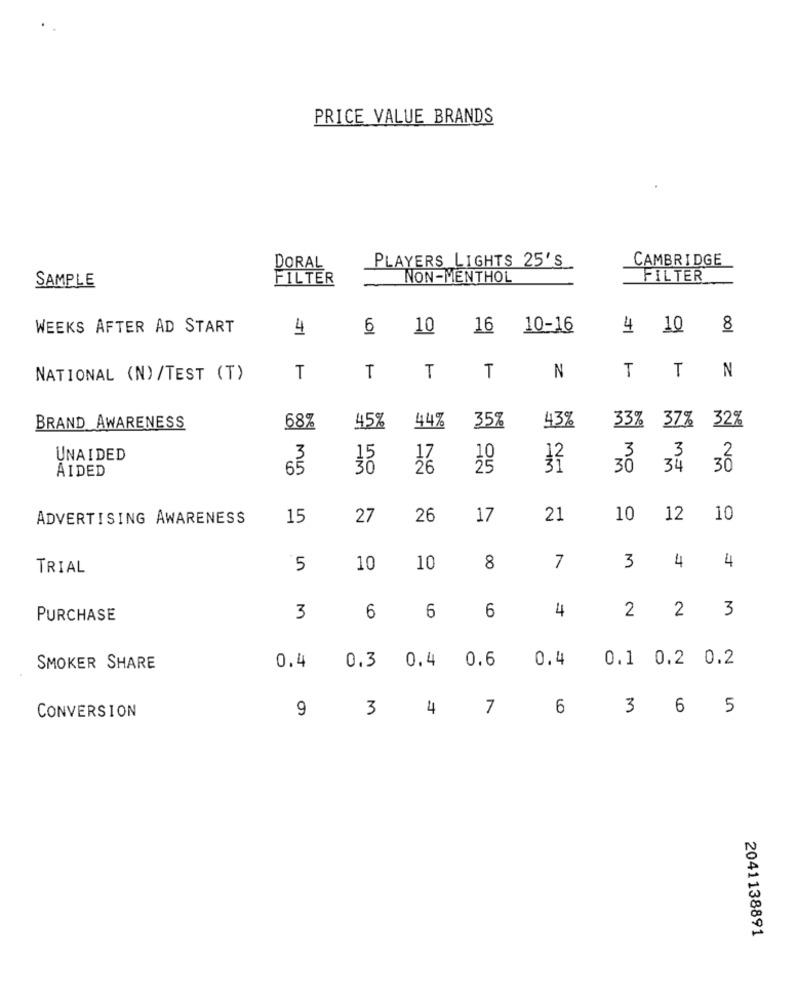
PRICE VALUE BRANDS
PLAYERS LIGHTS 25'S
CAMBRIDGE
DORAL
FILTER
NON-MENTHOL
FILTER
SAMPLE
WEEKS AFTER AD START
4
6
10
16 10-16
4 10
8
T
T
T
T
N
NATIONAL (N)/TEST (T)
T
T
N
43%
33% 37% 32%
BRAND AWARENESS
68%
45%
44%
35%
UNAIDED
AIDED
MIN
30
26
ou
32
30 34 30
ADVERTISING AWARENESS
15
27
26
17
21
10 12 10
4
4
TRIAL
5
10
10
8
7
3
6
4
2
2
3
PURCHASE
3
6
6
0.6
0.4
0.1 0.2 0.2
SMOKER SHARE
0.4
0.3
0.4
9
3
4
7
6
3 6
5
CONVERSION
2041138891